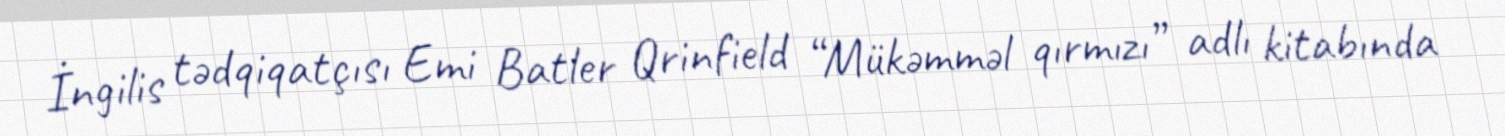
İngilis tədqiqatçısı Emi Batler Qrinfield “Mükəmməl qırmızı” adlı kitabında